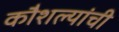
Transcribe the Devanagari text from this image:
कौशल्यांची